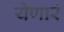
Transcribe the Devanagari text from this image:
येणारं